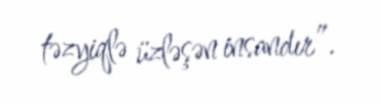
təzyiqlə üzləşən insandır”.